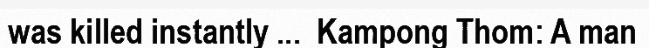
was killed instantly ...  Kampong Thom: A man